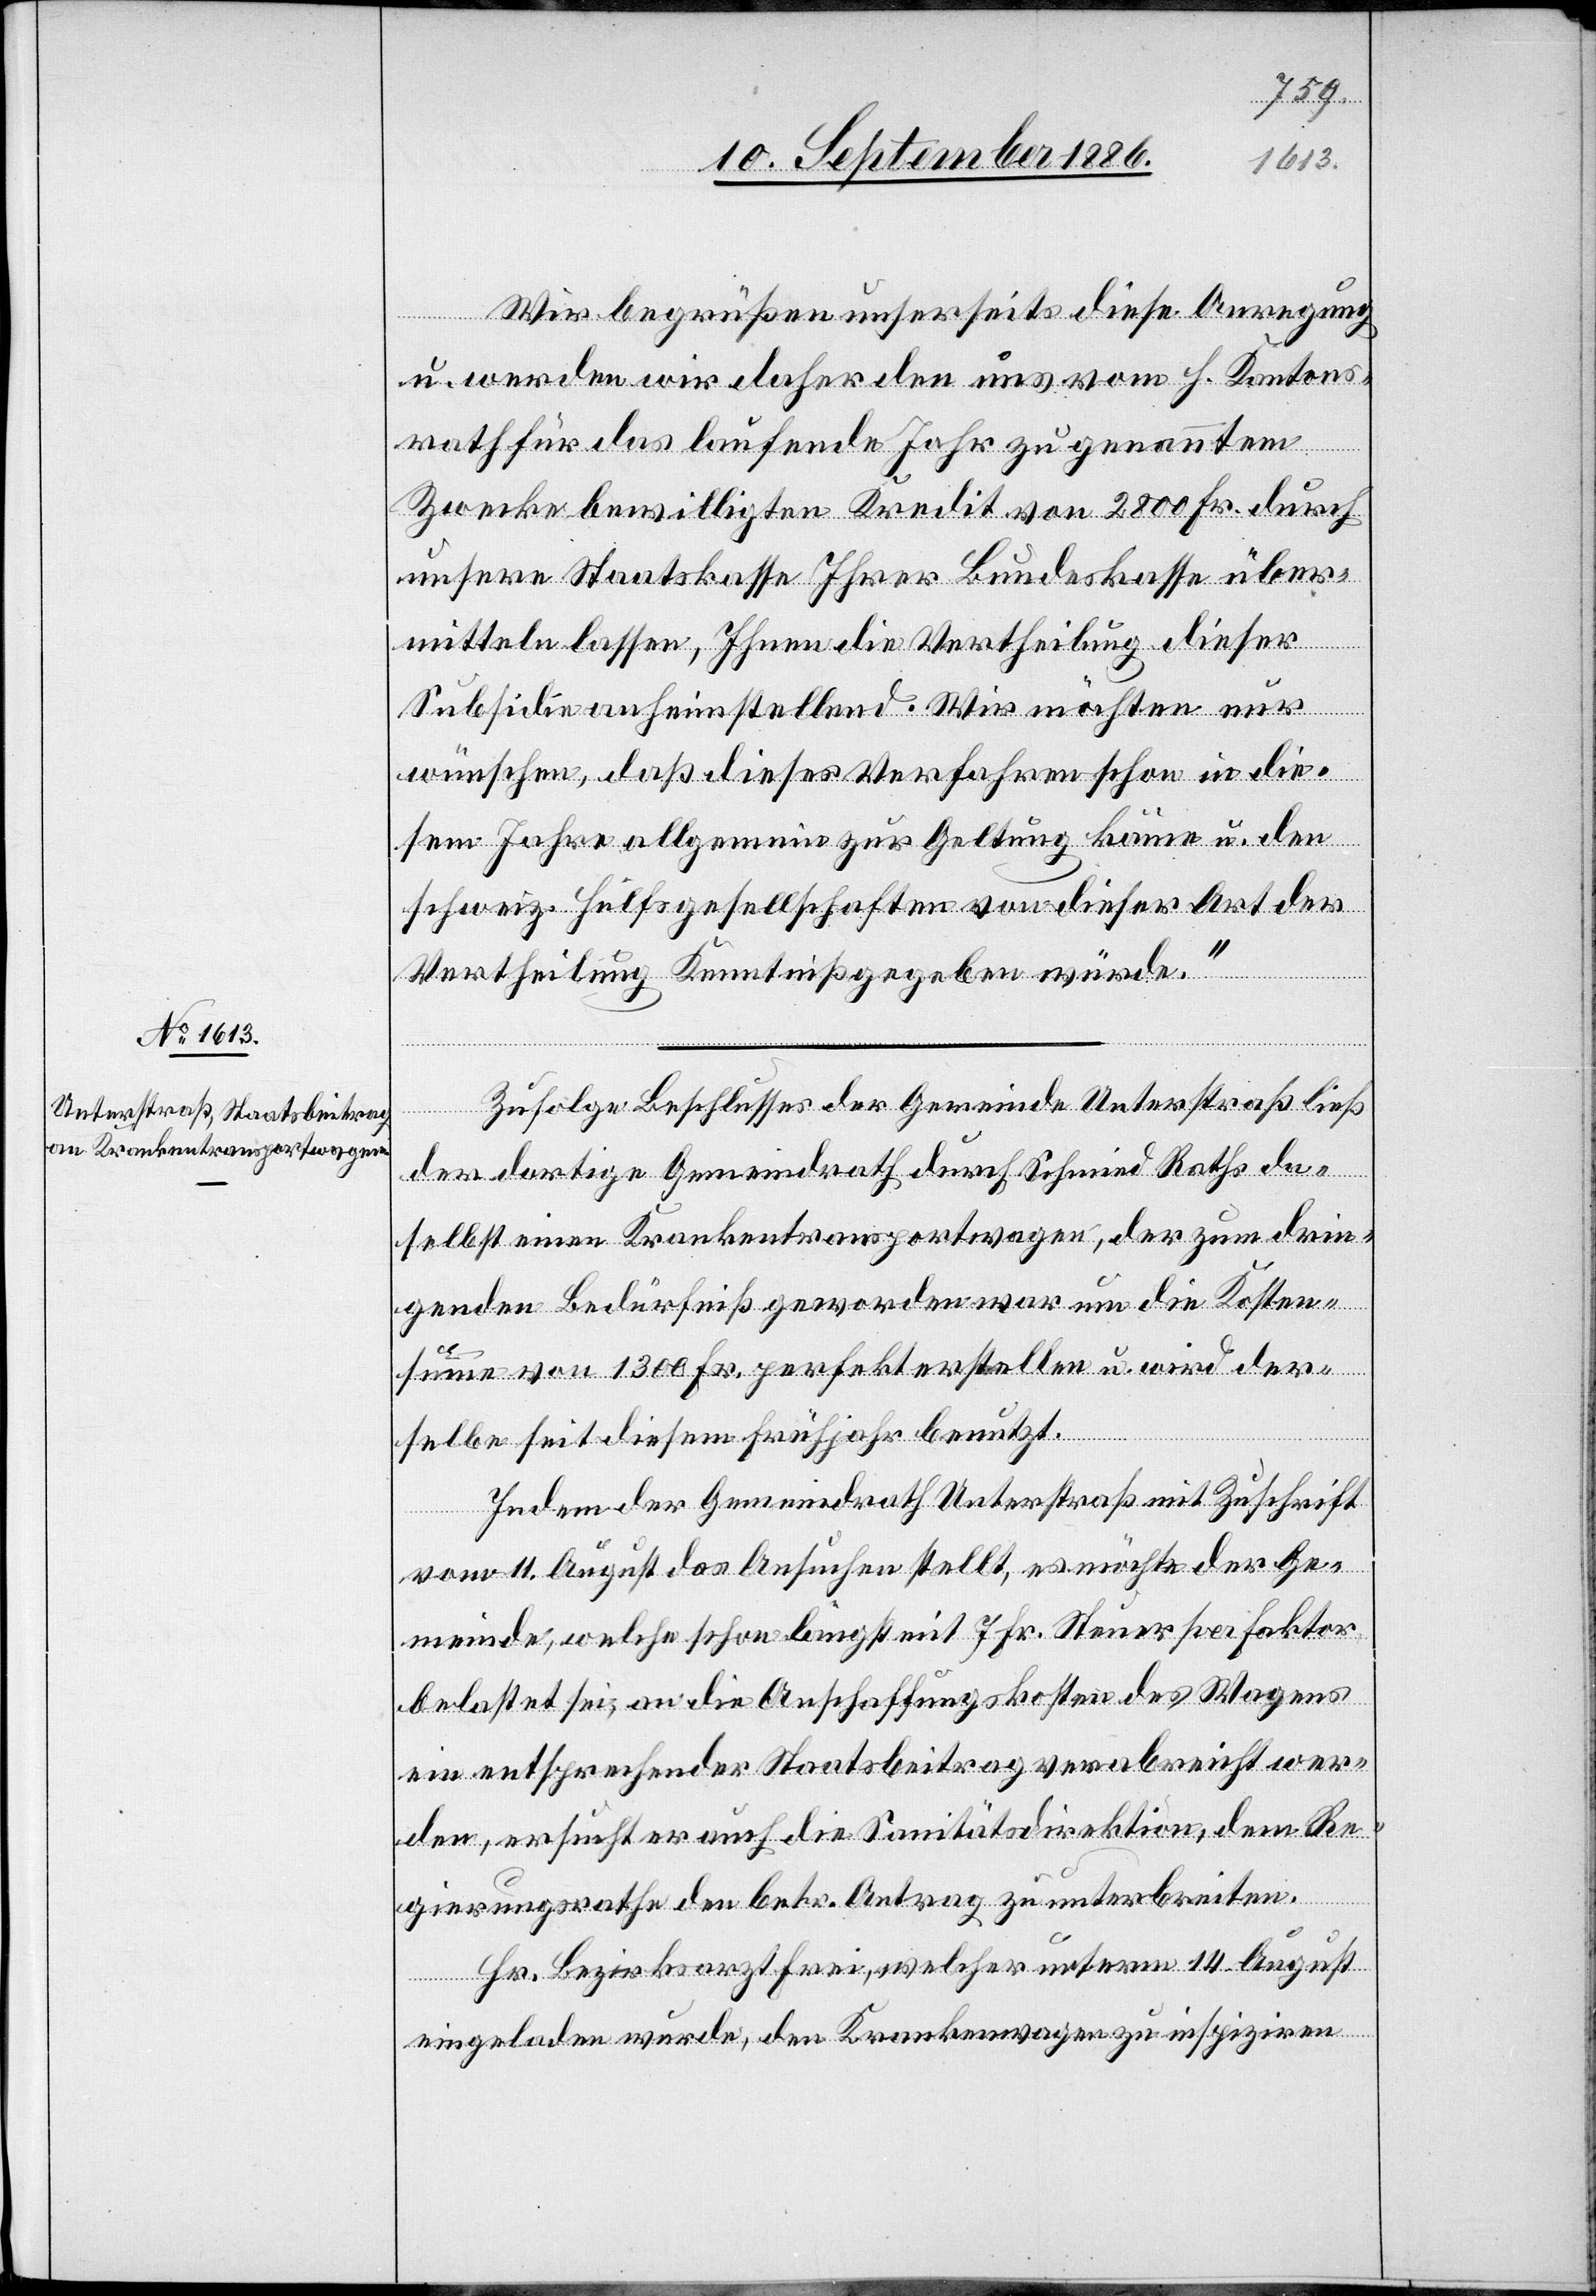
Wir begrüßen unserseits diese Anregung
u. werden wir daher den uns vom h. Kantons¬
rath für das laufende Jahr zu genanntem
Zwecke bewilligten Kredit von 2800 Fr. durch
unsere Staatskasse Ihrer Bundeskasse über¬
mitteln lassen, Ihnen die Vertheilung dieser
Subsidien anheimstellend. Wir möchten nur
wünschen, daß dieses Verfahren schon in die¬
sem Jahre allgemein zur Geltung käme u. den
schweiz. Hülfsgesellschaften von dieser Art der
Vertheilung Kenntniß gegeben würde.“
Zufolge Beschlusses der Gemeinde Unterstraß ließ
der dortige Gemeindrath durch Schmied Raths da¬
selbst einen Krankentransportwagen, der zum drin¬
genden Bedürfniß geworden war um die Kosten¬
summe von 1300 Fr. perfekt erstellen u. wird der¬
selbe seit diesem Frühjahr benutzt.
Indem der Gemeindrath Unterstraß mit Zuschrift
vom 11. August das Ansuchen stellt, es möchte der Ge¬
meinde, welche schon längst mit 7 Fr. Steuer per Faktor
belastet sei, an die Anschaffungskosten des Wagens
ein entsprechender Staatsbeitrag verabreicht wer¬
den, ersucht er auch die Sanitätsdirektion, dem Re¬
gierungsrathe den betr. Antrag zu unterbreiten.
Hr. Bezirksarzt Frei, welcher unterm 14. August
eingeladen wurde, den Krankenwagen zu inspiziren